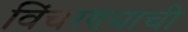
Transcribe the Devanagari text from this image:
विंचरण्याची